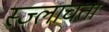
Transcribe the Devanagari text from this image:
स्ज्लाचता